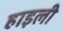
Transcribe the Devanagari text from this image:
हाइली